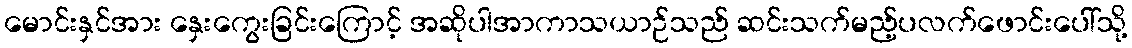
မောင်းနှင်အား နှေးကွေးခြင်းကြောင့် အဆိုပါအာကာသယာဉ်သည် ဆင်းသက်မည့်ပလက်ဖောင်းပေါ်သို့